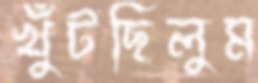
খুঁটছিলুম